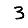
Digit: 3